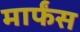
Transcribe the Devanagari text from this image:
मार्फंस